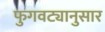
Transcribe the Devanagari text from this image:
फुगवट्यानुसार